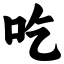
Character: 吃